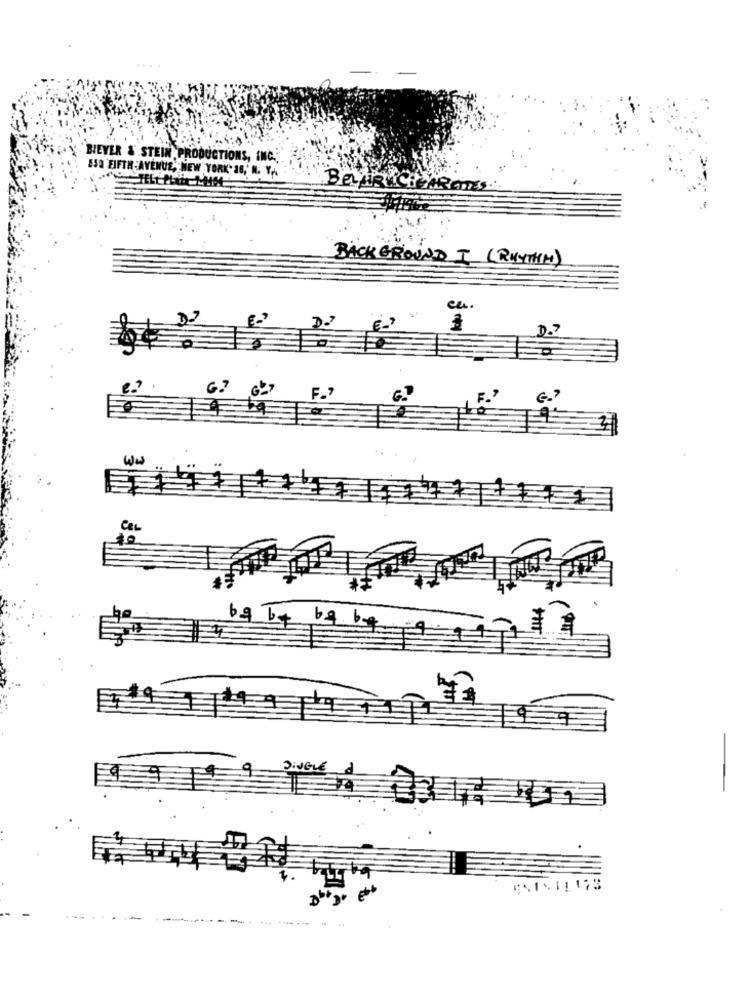
BIEVER & STEIN PRODUCTIONS, INC.
150 FIFTH AVENUE, NEW YORK'S6, N. Y.
BELAR CIARATES.
BACK GROUND I (RHYTHM)
ca.
G?
ww
CEL
851411173